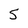
Character: 5